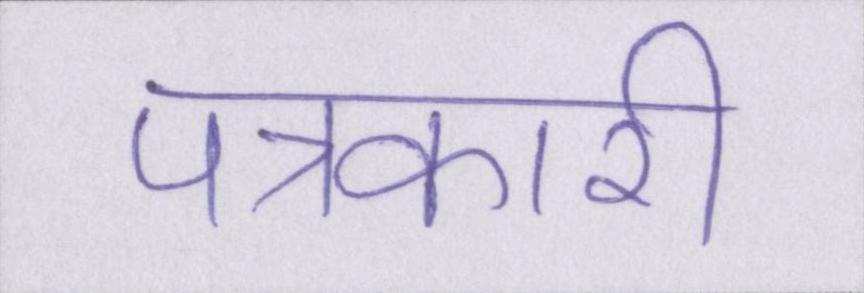
पत्रकारी